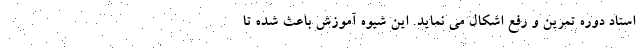
استاد دوره تمرین و رفع اشکال می نماید. این شیوه آموزش باعث شده تا